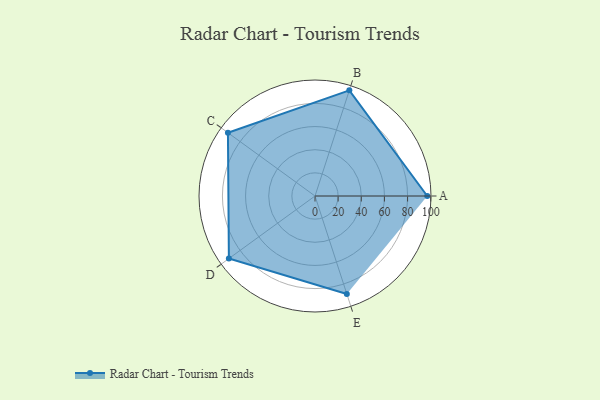
{"axis": {"x": "Skill", "y": "Score"}, "legend": ["Profile"], "data": [{"x": "A", "y": 97.0, "type": "Profile"}, {"x": "B", "y": 96.0, "type": "Profile"}, {"x": "C", "y": 93.0, "type": "Profile"}, {"x": "D", "y": 92.0, "type": "Profile"}, {"x": "E", "y": 89.0, "type": "Profile"}]}